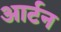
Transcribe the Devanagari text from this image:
आर्टन